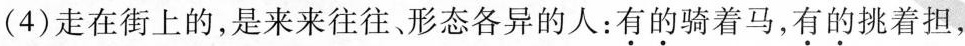
(4)走在街上的，是来来往往、形态各异的人：\underset{·}{有}\underset{·}{的}骑着马，\underset{·}{有}\underset{·}{的}挑着担，